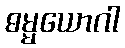
ဓမ္မယောဂါ